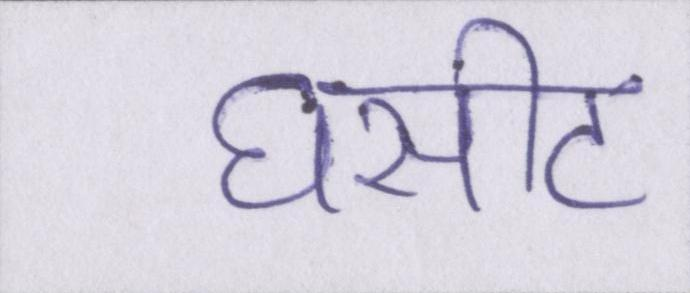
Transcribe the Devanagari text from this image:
घसीट